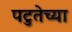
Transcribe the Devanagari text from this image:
पटुतेच्या